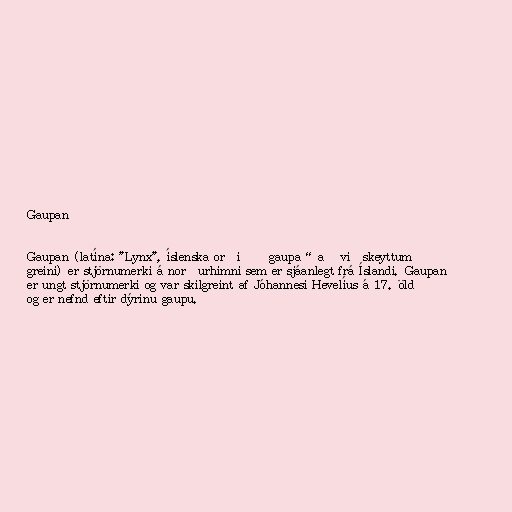
Gaupan

Gaupan (latína: "Lynx", íslenska orðið „gaupa“ að viðskeyttum
greini) er stjörnumerki á norðurhimni sem er sjáanlegt frá Íslandi. Gaupan
er ungt stjörnumerki og var skilgreint af Jóhannesi Hevelíus á 17. öld
og er nefnd eftir dýrinu gaupu.